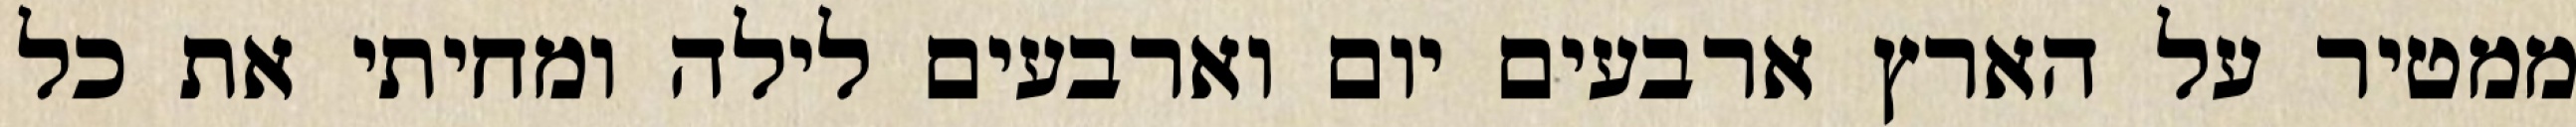
ממטיר על הארץ ארבעים יום וארבעים לילה ומחיתי את כל